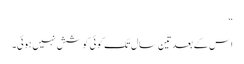
“
اس کے بعد تین سال تک کوئی کوشش نہیں ہوئی۔